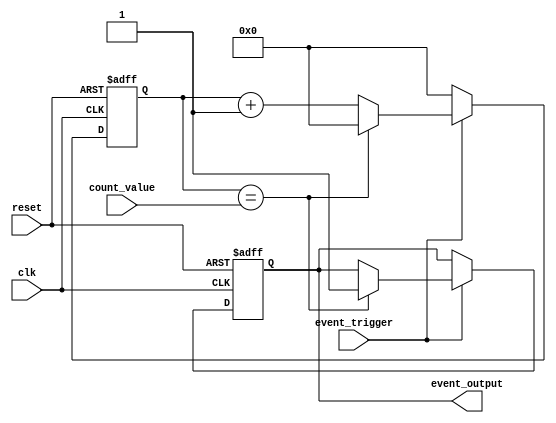
module Event_Timer(
    input wire clk,
    input wire reset,
    input wire event_trigger,
    input wire [7:0] count_value,
    output reg event_output
);

reg [7:0] counter;

always @(posedge clk or posedge reset) begin
    if (reset) begin
        counter <= 0;
        event_output <= 0;
    end else begin
        if (event_trigger) begin
            if (counter == count_value) begin
                event_output <= 1;
                counter <= 0;
            end else begin
                counter <= counter + 1;
            end
        end else begin
            counter <= 0;
        end
    end
end

endmodule